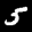
Label: 5